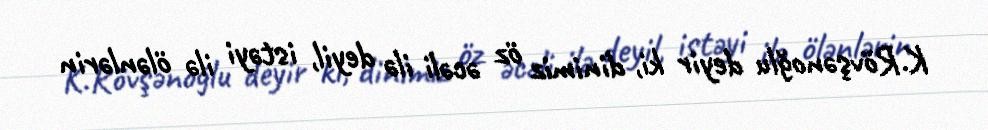
K.Rövşənoğlu deyir ki, dinimiz öz əcəli ilə deyil, istəyi ilə ölənlərin